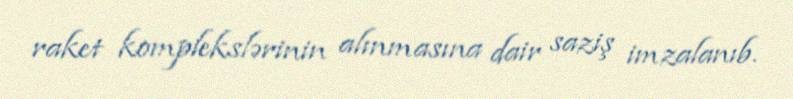
raket komplekslərinin alınmasına dair saziş imzalanıb.